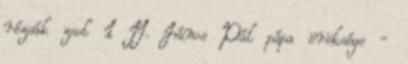
rózsák zsol 1 II. János Pál pápa öröksége -